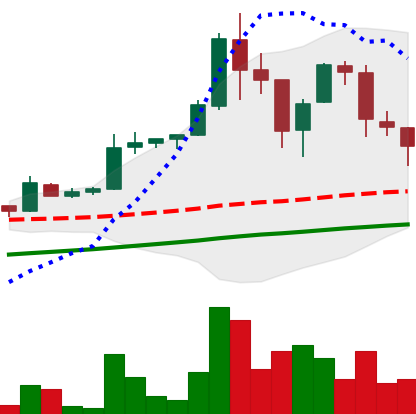
Ticker: LTC-USD
Chart end date: 2017-09-10
Forward return: -21.75%
Label: down_7plus